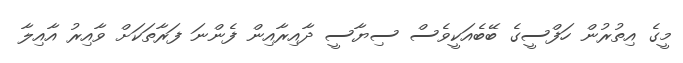
މީގެ އިތުރުން ހަފްސީގެ ބޭބެއަކީވެސް ސިޔާސީ ދާއިރާއިން ފެންނަ ފަރާތަކަށް ވާއިރު އާއިލާ